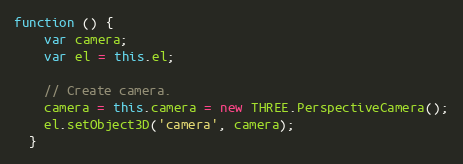
Language: JavaScript
function () {
    var camera;
    var el = this.el;

    // Create camera.
    camera = this.camera = new THREE.PerspectiveCamera();
    el.setObject3D('camera', camera);
  }